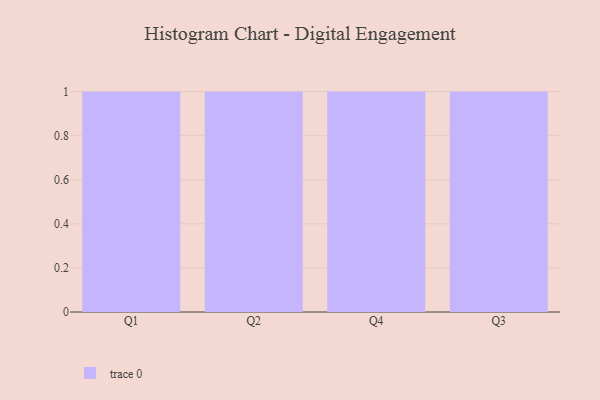
{"axis": {"x": "Quarter", "y": "Churn Rate (%)"}, "legend": [""], "data": [{"x": "Q1", "y": 46, "type": ""}, {"x": "Q2", "y": 79, "type": ""}, {"x": "Q4", "y": 2, "type": ""}, {"x": "Q3", "y": 57, "type": ""}]}